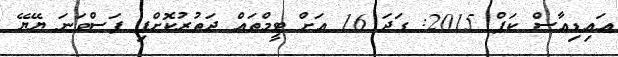
އައިޑިއާސް ކަޕް 2015: ގަދަ 16 އަށް ޓީމްތައް ދަތުރުކޮށްފި ފަސްވަނަ ޔޭޔޭ